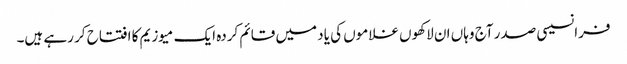
فرانسیسی صدر آج وہاں ان لاکھوں غلاموں کی یاد میں قائم کردہ ایک میوزیم کا افتتاح کر رہے ہیں۔